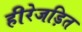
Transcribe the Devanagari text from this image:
हीरेजड़ित